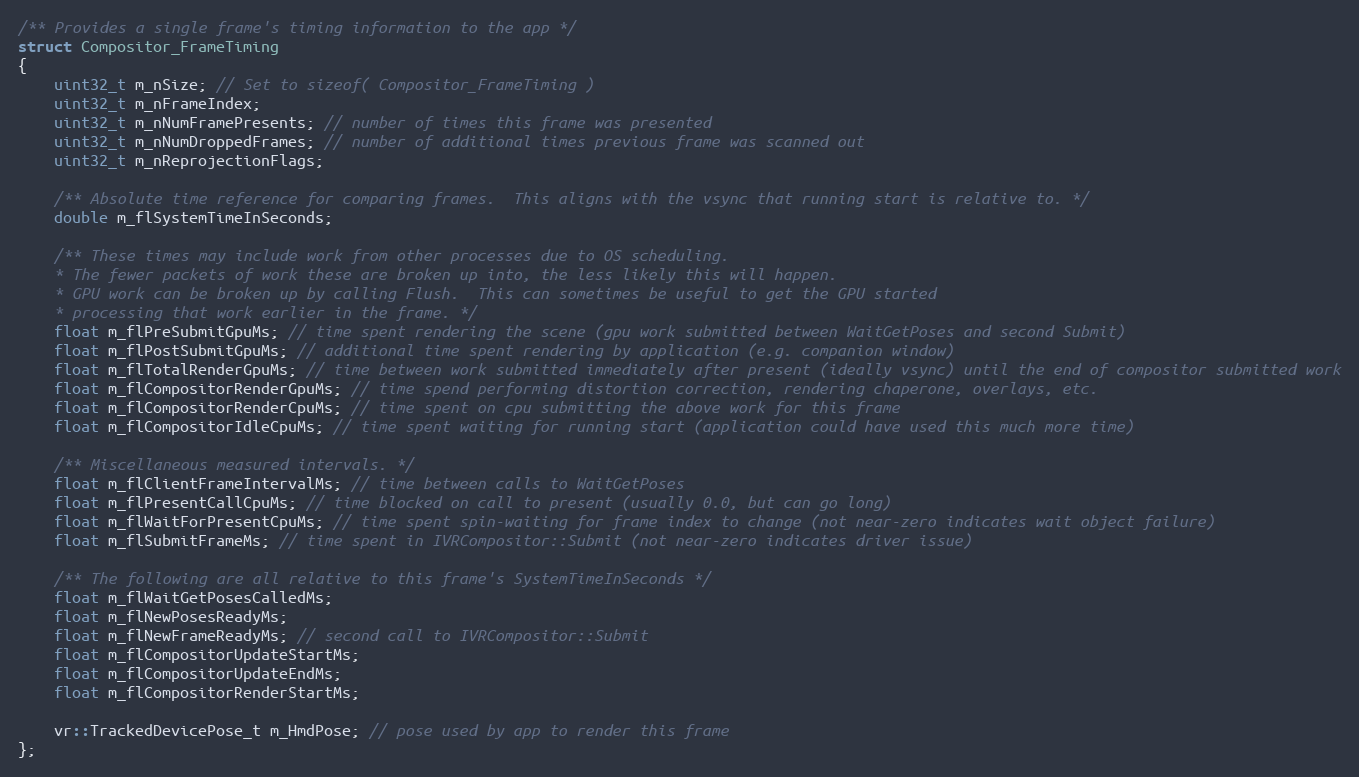
Language: C
/** Provides a single frame's timing information to the app */
struct Compositor_FrameTiming
{
	uint32_t m_nSize; // Set to sizeof( Compositor_FrameTiming )
	uint32_t m_nFrameIndex;
	uint32_t m_nNumFramePresents; // number of times this frame was presented
	uint32_t m_nNumDroppedFrames; // number of additional times previous frame was scanned out
	uint32_t m_nReprojectionFlags;

	/** Absolute time reference for comparing frames.  This aligns with the vsync that running start is relative to. */
	double m_flSystemTimeInSeconds;

	/** These times may include work from other processes due to OS scheduling.
	* The fewer packets of work these are broken up into, the less likely this will happen.
	* GPU work can be broken up by calling Flush.  This can sometimes be useful to get the GPU started
	* processing that work earlier in the frame. */
	float m_flPreSubmitGpuMs; // time spent rendering the scene (gpu work submitted between WaitGetPoses and second Submit)
	float m_flPostSubmitGpuMs; // additional time spent rendering by application (e.g. companion window)
	float m_flTotalRenderGpuMs; // time between work submitted immediately after present (ideally vsync) until the end of compositor submitted work
	float m_flCompositorRenderGpuMs; // time spend performing distortion correction, rendering chaperone, overlays, etc.
	float m_flCompositorRenderCpuMs; // time spent on cpu submitting the above work for this frame
	float m_flCompositorIdleCpuMs; // time spent waiting for running start (application could have used this much more time)

	/** Miscellaneous measured intervals. */
	float m_flClientFrameIntervalMs; // time between calls to WaitGetPoses
	float m_flPresentCallCpuMs; // time blocked on call to present (usually 0.0, but can go long)
	float m_flWaitForPresentCpuMs; // time spent spin-waiting for frame index to change (not near-zero indicates wait object failure)
	float m_flSubmitFrameMs; // time spent in IVRCompositor::Submit (not near-zero indicates driver issue)

	/** The following are all relative to this frame's SystemTimeInSeconds */
	float m_flWaitGetPosesCalledMs;
	float m_flNewPosesReadyMs;
	float m_flNewFrameReadyMs; // second call to IVRCompositor::Submit
	float m_flCompositorUpdateStartMs;
	float m_flCompositorUpdateEndMs;
	float m_flCompositorRenderStartMs;

	vr::TrackedDevicePose_t m_HmdPose; // pose used by app to render this frame
};